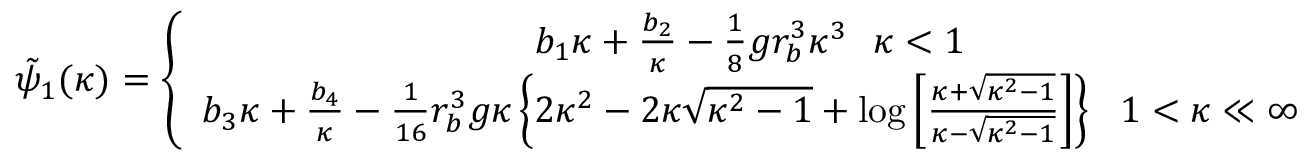
\begin{array} { r } { \tilde { \psi } _ { 1 } ( \kappa ) = \left\{ \begin{array} { c } { b _ { 1 } \kappa + \frac { b _ { 2 } } { \kappa } - \frac { 1 } { 8 } g r _ { b } ^ { 3 } \kappa ^ { 3 } ~ ~ \kappa < 1 } \\ { b _ { 3 } \kappa + \frac { b _ { 4 } } { \kappa } - \frac { 1 } { 1 6 } r _ { b } ^ { 3 } g \kappa \left\{ 2 \kappa ^ { 2 } - 2 \kappa \sqrt { \kappa ^ { 2 } - 1 } + \log \left[ \frac { \kappa + \sqrt { \kappa ^ { 2 } - 1 } } { \kappa - \sqrt { \kappa ^ { 2 } - 1 } } \right] \right\} ~ ~ 1 < \kappa \ll \infty } \end{array} \right. . } \end{array}